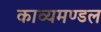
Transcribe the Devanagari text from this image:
काव्यमण्डल